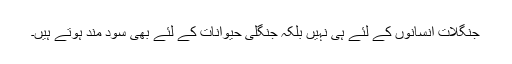
جنگلات انسانوں کے لئے ہی نہیں بلکہ جنگلی حیوانات کے لئے بھی سود مند ہوتے ہیں۔